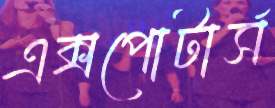
এক্সপোটার্স